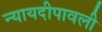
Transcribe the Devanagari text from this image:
न्यायदीपावली